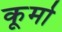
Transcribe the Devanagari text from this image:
कूर्मो